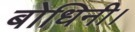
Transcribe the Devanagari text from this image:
बोधिनी।